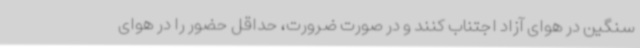
سنگین در هوای آزاد اجتناب کنند و در صورت ضرورت، حداقل حضور را در هوای